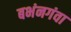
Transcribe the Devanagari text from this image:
बभंनगंवा